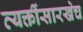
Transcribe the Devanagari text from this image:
व्यक्तींसारखेच